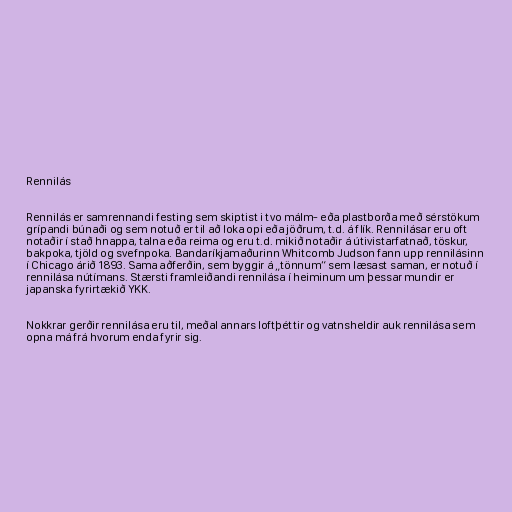
Rennilás

Rennilás er samrennandi festing sem skiptist i tvo málm- eða plastborða með sérstökum
grípandi búnaði og sem notuð er til að loka opi eða jöðrum, t.d. á flík. Rennilásar eru oft
notaðir í stað hnappa, talna eða reima og eru t.d. mikið notaðir á útivistarfatnað, töskur,
bakpoka, tjöld og svefnpoka. Bandaríkjamaðurinn Whitcomb Judson fann upp rennilásinn
í Chicago árið 1893. Sama aðferðin, sem byggir á „tönnum“ sem læsast saman, er notuð í
rennilása nútímans. Stærsti framleiðandi rennilása í heiminum um þessar mundir er
japanska fyrirtækið YKK.

Nokkrar gerðir rennilása eru til, meðal annars loftþéttir og vatnsheldir auk rennilása sem
opna má frá hvorum enda fyrir sig.